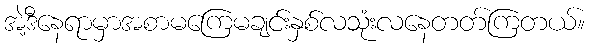
အဲ့ဒီနေရာမှာအစာမကြေမချင်းနှစ်လသုံးလနေတတ်ကြတယ်။